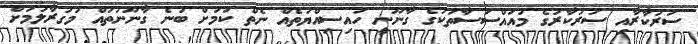
ސަރުކާރާއި ސަރުކާރުގެ މުއައްސަސާތަކުގެ ގާނޫނީ ހައިސިއްޔަތެއް ނެތް ކަމަށް ބުނެ ގާނޫނުތައް މުގުރާލުމަށް